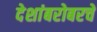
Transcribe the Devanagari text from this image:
देशांबरोबरचे